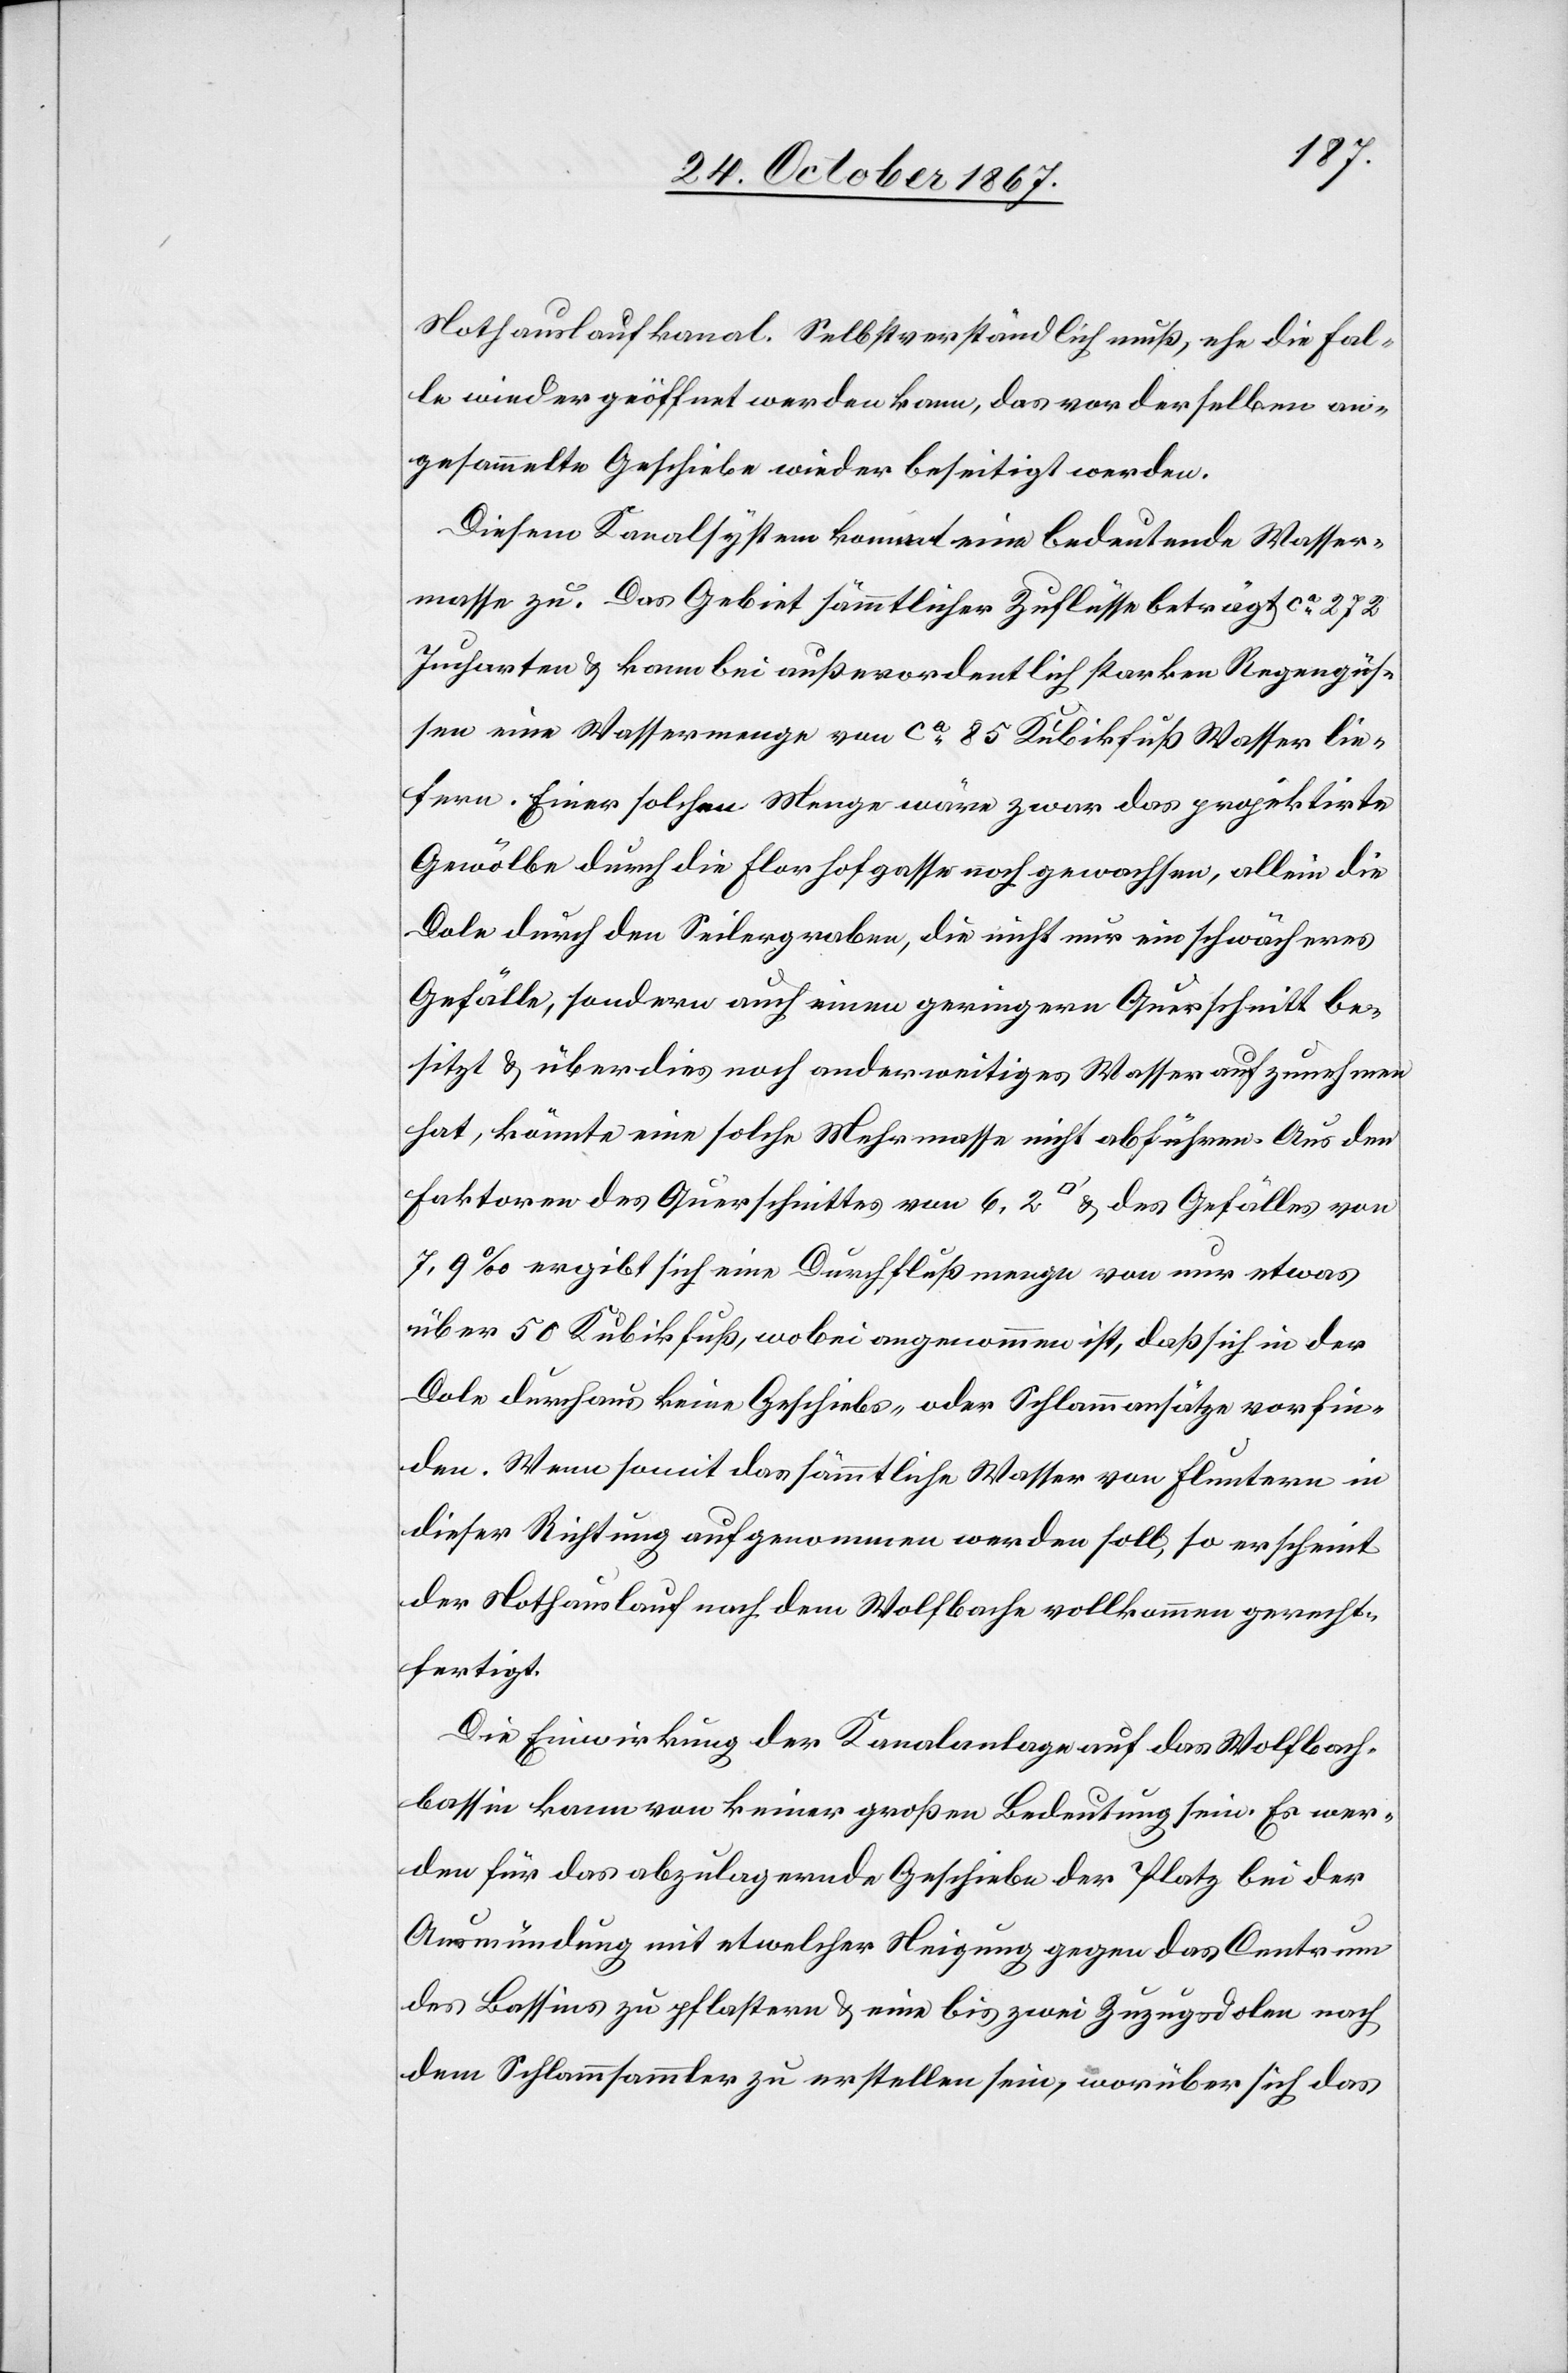
Nothauslaufkanal. Selbstverständlich muß, ehe die Fal¬
le wieder geöffnet werden kann, das vor derselben an¬
gesammelte Geschiebe wieder beseitigt werden.
Diesem Kanalsystem kommt eine bedeutende Wasser¬
masse zu. Das Gebiet sämmtlicher Zuflüsse beträgt ca. 272
Jucharten u. kann bei außerordentlich starken Regengüs¬
sen eine Wassermenge von ca. 85 Kubikfuß Wasser lie¬
fern. Einer solchen Menge wäre zwar das projektirte
Gewölbe durch die Florhofgasse noch gewachsen, allein die
Dole durch den Seilergraben, die nicht nur ein schwächeres
Gefälle, sondern auch einen geringern Querschnitt be¬
sitzt u. überdies noch anderweitiges Wasser aufzunehmen
hat, könnte eine solche Mehrmasse nicht abführen. Aus den
Faktoren des Querschnittes von 6‘, 2‘‘ u. des Gefälles von
7,9‰ ergibt sich eine Durchflußmenge von nur etwas
über 50 Kubikfuß, wobei angenommen ist, daß sich in der
Dole durchaus keine Geschiebs- oder Schlammansätze vorfin¬
den. Wenn somit das sämmtliche Wasser von Fluntern in
dieser Richtung aufgenommen werden soll, so erscheint
der Nothauslauf nach dem Wolfbache vollkommen gerecht¬
fertigt.
Die Einwirkung der Kanalanlage auf das Wolfbach¬
bassin kann von keiner großen Bedeutung sein. Es wer¬
den für das abzulagernde Geschiebe der Platz bei der
Ausmündung mit etwelcher Neigung gegen das Centrum
des Bassins zu pflastern u. eine bis zwei Zuzugsdolen nach
dem Schlammsammler zu erstellen sein, worüber sich das